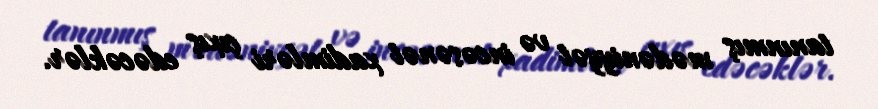
tanınmış mədəniyyət və incəsənət xadimləri çıxış edəcəklər.